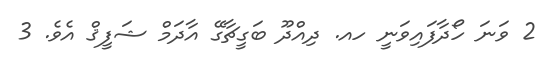
2 ވަނަ ހޯދާފައިވަނީ ހއ. ދިއްދޫ ބަގީޗާގޭ އާދަމް ޝަފީޤް އެވެ. 3